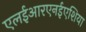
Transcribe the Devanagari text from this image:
एलईआरएनईएशिया